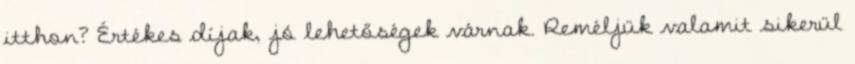
itthon? Értékes díjak, jó lehetőségek várnak. Reméljük valamit sikerül